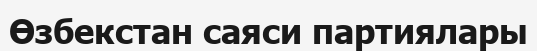
Өзбекстан саяси партиялары